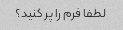
لطفا فرم را پر کنید؟